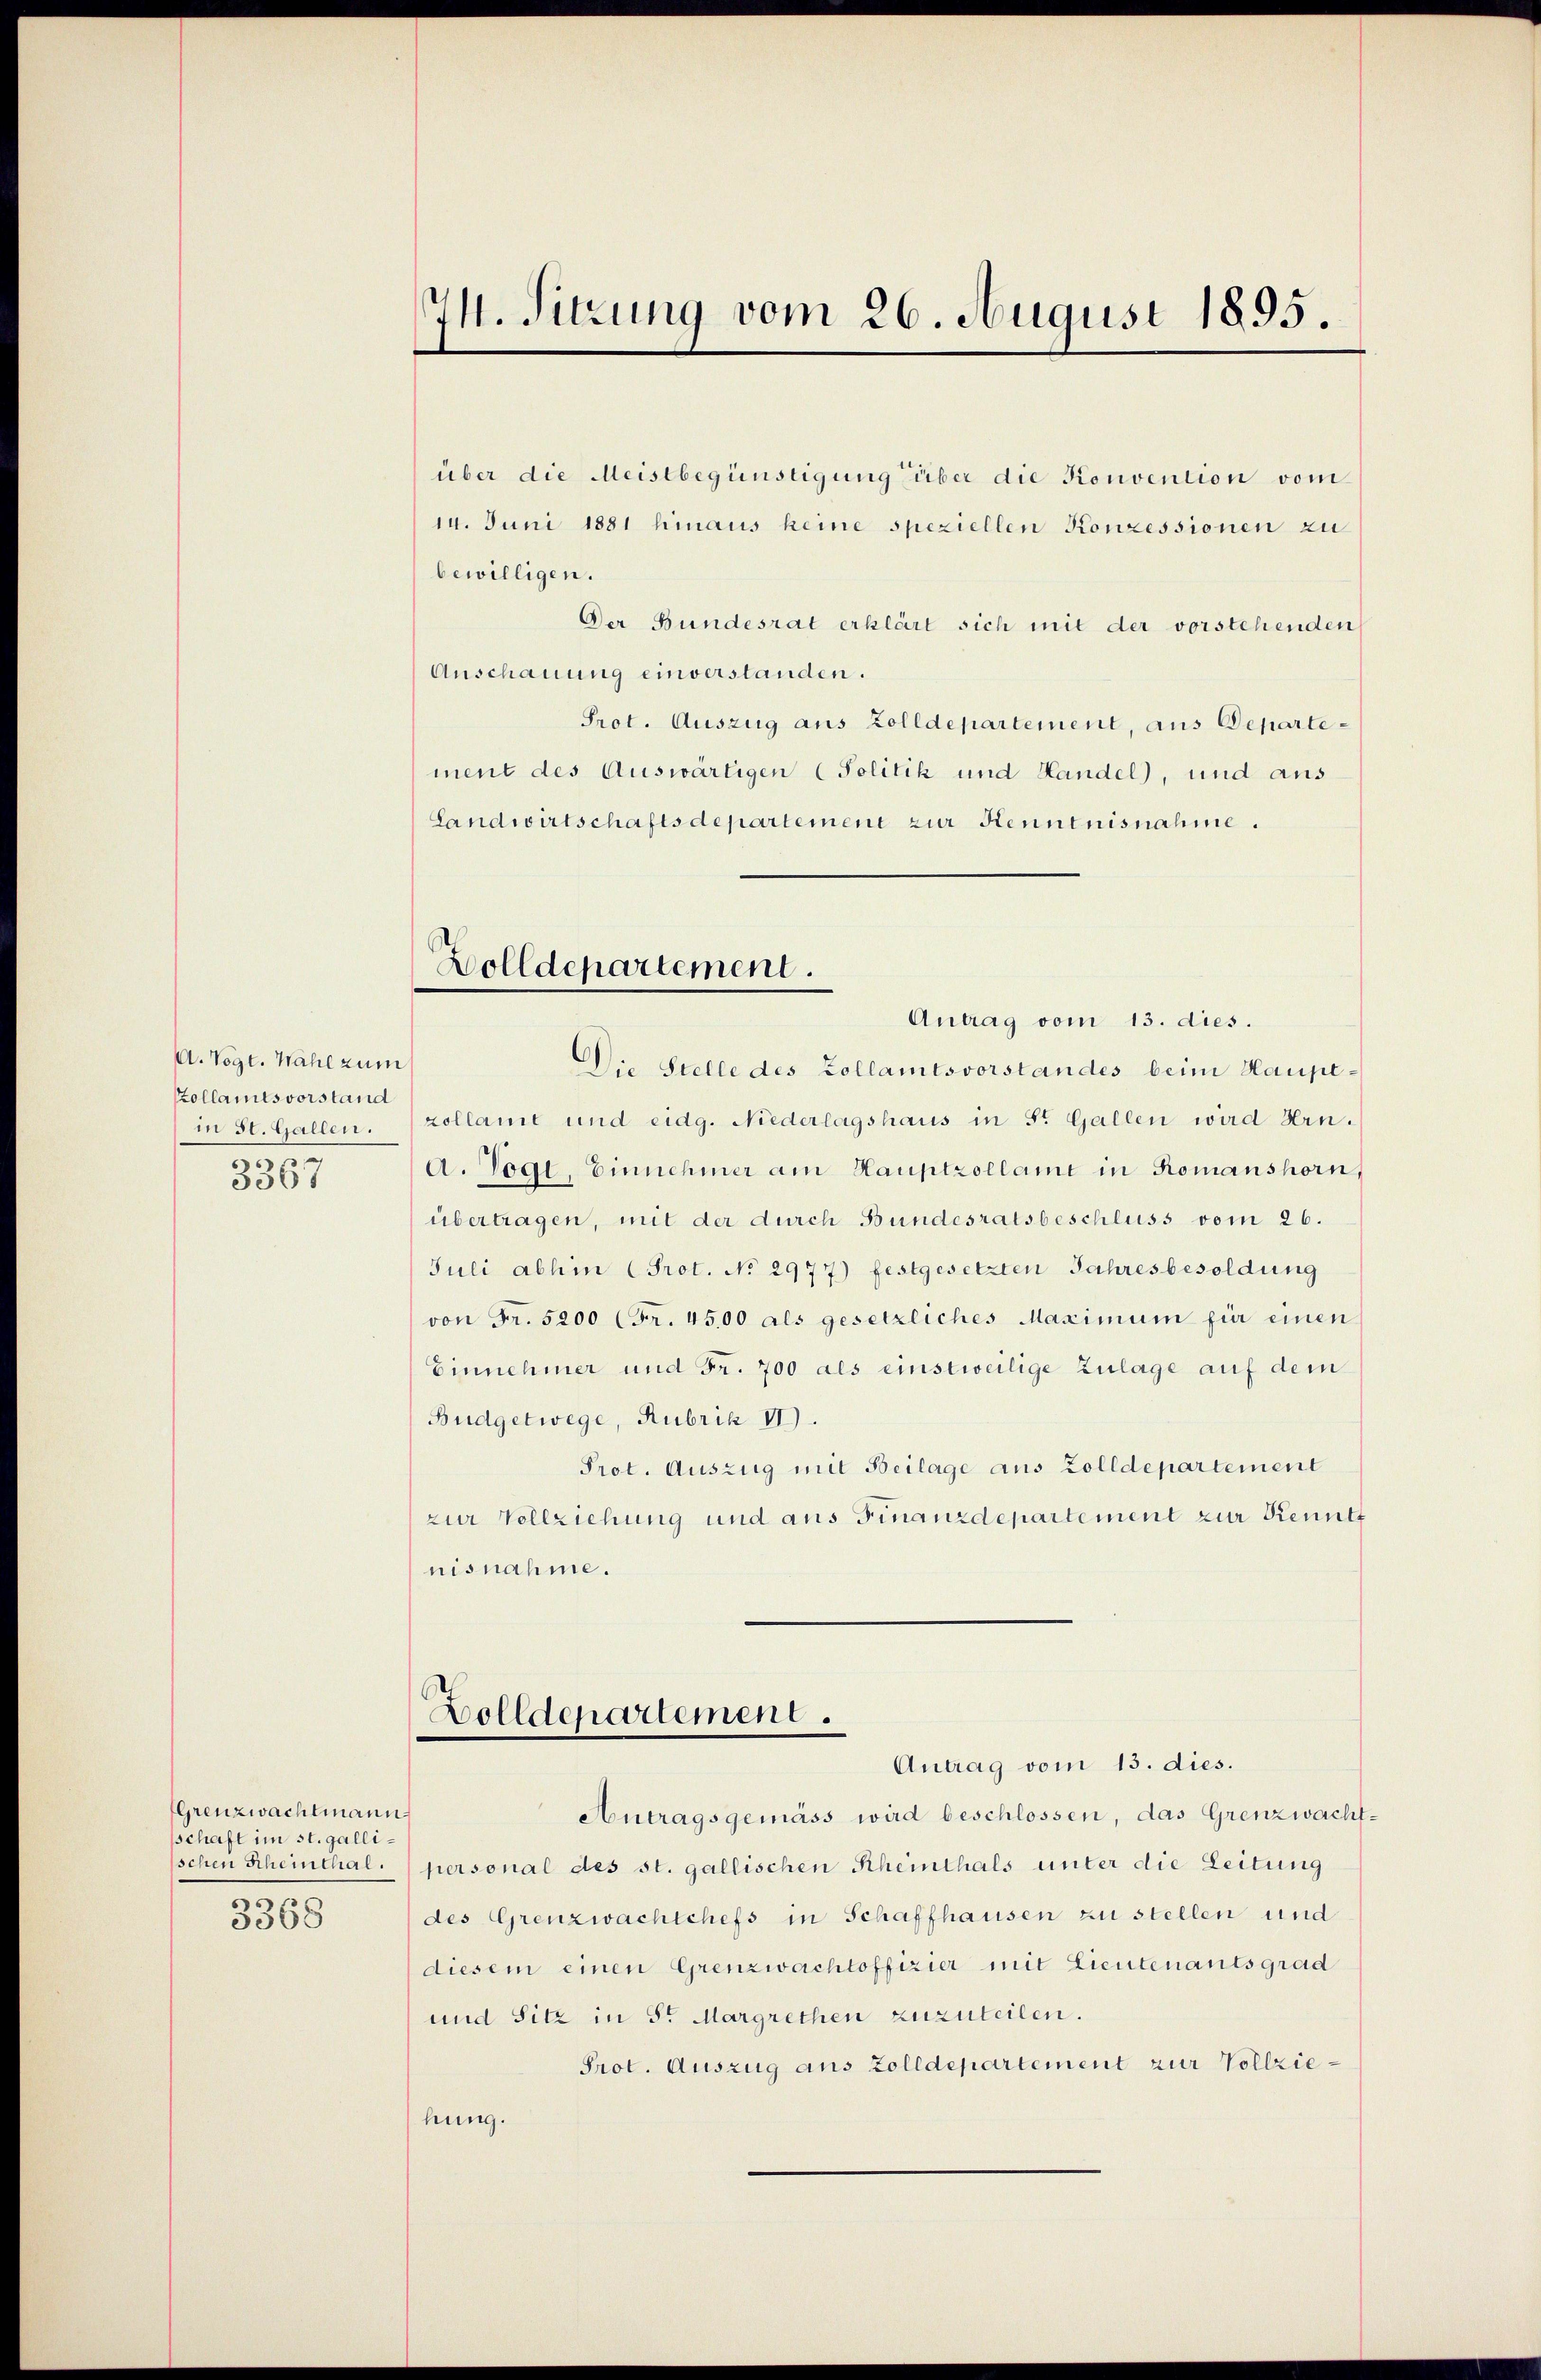
A. Vogt. Wahl zum
Kollamtsvorstand
in St. Gallen.
3367

Grenzwachtmann
schaft im st. gallischen Rheinthal.
3368

über die Meistbegünstigung über die Konvention vom
14. Juni 1881 hinaus keine speziellen Konzessionen zu
bewilligen.
Der Bundesrat erklärt sich mit der vorstehenden
Anschauung einverstanden.
Prot. Auszug aus Zolldepartement, aus Departement des Auswärtigen (Politik und Handel, und aus
Landwirtschaftsdepartement zur Kenntnisnahme.

74. Sitzung vom 26. August 1895.

Antrag vom 13. dies.
Die Stelle des Zollamtsvorstandes beim Hauptzollame und eidg. Niederlagshaus in St. Gallen wird Hrn.
A. Vogl, Einnehmer am Hauptzollamt in Romanshorn,
übertragen, mit der durch Bundesratsbeschluss vom 26.
Juli abhin (Prot. No 2977) festgesetzten Jahresbesoldung
von Fr. 5200 (Fr. 4500 als gesetzliches Maximum für einen
Einnehmer und Fr. 700 als einstweilige Zulage auf dem
Budgetwege, Rubrik II).
Prot. Auszug mit Beilage aus Zolldepartement
zur Vollziehung und aus Finanzdepartement zur Kennte
nisnahme.

Wolldepartement.

Dolldepartement.

Antrag vom 13. dies.
Antragsgemäss wird beschlossen, das Grenzwacht-
personal des st. gallischen Rheinthals unter die Leitung
des Grenzwachtchefs in Schaffhausen zu stellen und
diesem einen Grenzwachtoffizier mit Lieutenantsgrad
und Sitz in Sr Margrethen zuzuteilen.
Prot. Auszug aus Zolldepartement zur Vollziehung.